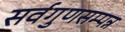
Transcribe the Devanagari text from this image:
सर्वगुणसम्पन्न